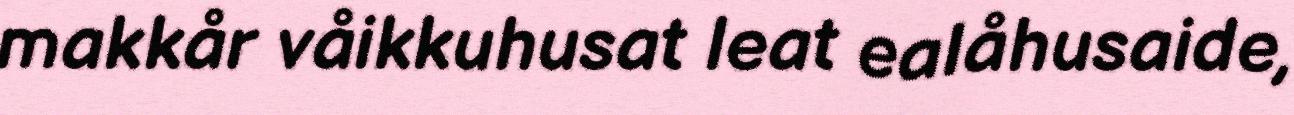
makkår våikkuhusat leat ealåhusaide,